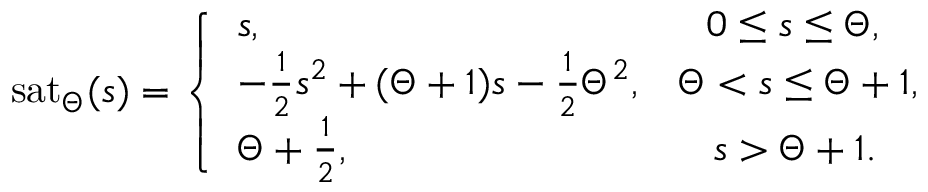
\mathrm { s a t } _ { \Theta } ( s ) = \left\{ \begin{array} { l l } { s , \qquad \qquad \qquad \qquad \qquad \quad 0 \leq s \leq { \Theta } , } \\ { - \frac { 1 } { 2 } s ^ { 2 } + ( { \Theta } + 1 ) s - \frac { 1 } { 2 } { \Theta } ^ { 2 } , \; \; \; { \Theta } < s \leq { \Theta } + 1 , } \\ { { \Theta } + \frac { 1 } { 2 } , \qquad \qquad \qquad \qquad \quad s > { \Theta } + 1 . } \end{array} \right.